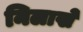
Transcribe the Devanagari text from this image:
निलाखे